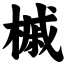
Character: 槭